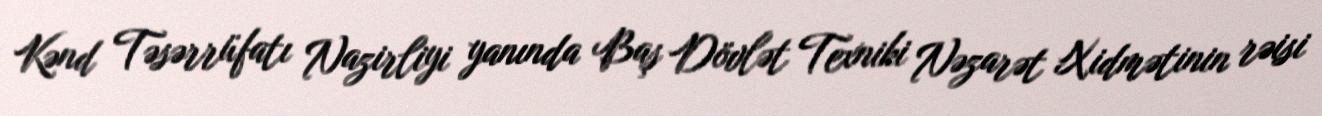
Kənd Təsərrüfatı Nazirliyi yanında Baş Dövlət Texniki Nəzarət Xidmətinin rəisi